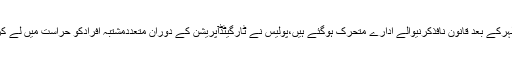
ٹارگٹ کلنگ کی تازہ لہرکے بعد قانون نافذکرنیوالے ادارے متحرک ہوگئے ہیں،پولیس نے ٹارگیٹڈآپریشن کے دوران متعددمشتبہ افرادکو حراست میں لے کراسلحہ برآمدکرلیا ہے ۔